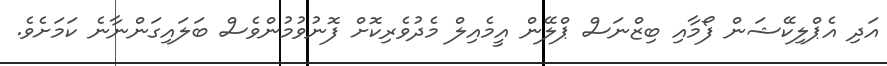
އަދި އެޕްލިކޭޝަން ފޯމާއި ބިޒްނަސް ޕްލޭން އީމެއިލް މެދުވެރިކޮށް ފޮނުވުމުންވެސް ބަލައިގަންނާނެ ކަމަށެވެ.